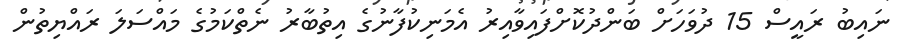
ނައިބު ރައީސް 15 ދުވަހަށް ބަންދުކޮށްފައިވާއިރު އެމަނިކުފާނުގެ އިތުބާރު ނެތްކަމުގެ މައްސަލަ ރައްޔިތުން